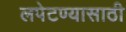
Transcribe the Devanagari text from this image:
लपेटण्यासाठी